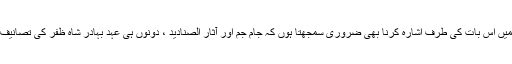
یہاں میں اس بات کی طرف اشارہ کرنا بھی ضروری سمجھتا ہوں کہ جام جم اور آثار الصنادید ، دونوں ہی عہد بہادر شاہ ظفر کی تصانیف ہیں ۔